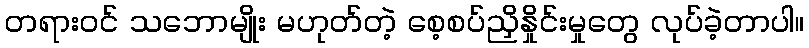
တရားဝင် သဘောမျိုး မဟုတ်တဲ့ စေ့စပ်ညှိနှိုင်းမှုတွေ လုပ်ခဲ့တာပါ။